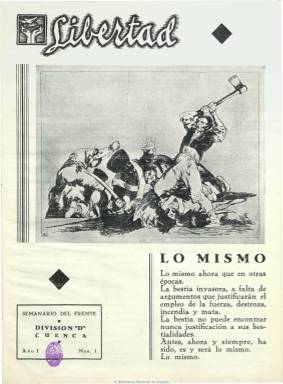
Título: Libertad (Cuenca)
Colección: Guerra civil || Periódicos
Ámbito geográfico: Cuenca
Lugar de publicación: Cuenca
Fechas: 01/01/1937-31/07/1938

“Semanario del frente”, tal como expresa su subtítulo, que forma parte del grueso de periódicos que las diferentes unidades militares publicaron durante la guerra civil como defensoras de la II República Española, dirigidos a enaltecer el espíritu combativo de los soldados y a animarles a la lectura. Sin indicación de data, su primer número debe aparecer en junio de 1937 (uno de los textos que incluye lleva esta fecha). Es órgano de la División “D”, una unidad autónoma afín a la CNT-FAI que se encontraba en Cuenca operando en el frente de Teruel como integrante del XV Cuerpo del Ejército, una de las unidades republicanas participantes en la conocida Batalla del Ebro, siendo uno de sus mandos el coronel Víctor Lacalle, y es estampado por la Imprenta Milicias Confederadas. A partir de la segunda entrega, dicha División es numerada como 42, siendo estampado el periódico a partir de entonces en la denominada Imprenta del Comité de Defensa. Casi con toda probabilidad su director es el comisario de dicha división, el joven anarquista José Villanueva Márquez, que firmará los artículos de propaganda oficial que inician cada número, y en los que se enaltecerán figuras anarquistas como Cipriano Mera o Melchor Rodríguez.

Se trata de una publicación de calidad, con abundantes páginas de papel satinado y con un notable número de ilustraciones, con dibujos y fotografías, tal como señala Mirta Núñez Díaz-Balart. Las portadas de los cuatro primeros números las ocupan reproducciones de aguafuertes de la serie Desastres, de Francisco de Goya, y las restantes otras ilustraciones. Inserta artículos de carácter doctrinal y propagandístico, pero también otros dedicados a la cultura y la enseñanza, así como de divulgación militar, destacando los relativos a los consejos sobre sanidad. Resultan interesantes las crónicas y reportajes sobre el frente de Teruel, acompañados de fotografías. Una de sus secciones es “Estampas de la guerra”.

Entre los autores de las fotos aparecen los nombres de Sanz de Ancos, Yubero y Corella. Entre los de los dibujos, Monleón y Horacio. Como corresponsal en el frente firma A. F. Piñera, y entre otras firmas de sus textos aparecen las de J. Márquez, Pedro López Calle, Ramón Montoya, M. Orellano, A. Merino, J. Torres, Ricardo Sanz, Pedro Pablo Portero, Samuel de Pardo, Pedro Más Valois, A. Pintado, J. Bravo y Francisco Rico, la mayor parte de ellos comisarios y jefes militares de diferentes brigadas y compañías, como es el caso concreto de Emilio Armero, comisario de Juventudes Libertarias de la Columna Del Rosal.

Debió de aumentar la frecuencia de aparición. La colección de la Biblioteca Nacional de España constaba de siete números, el último de los cuales corresponde a septiembre de 1937. En julio de 2018 se agrega un número extraordinario de 1938 procedente de la colección Comín Colomer.

[Descripción modificada el 25/06/2018]